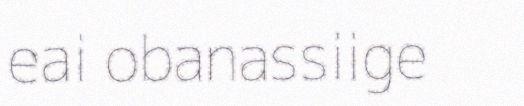
eai obanassiige